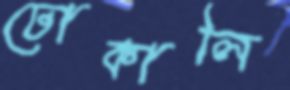
ঢোকালি